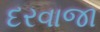
દરવાજા